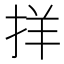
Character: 𪭰